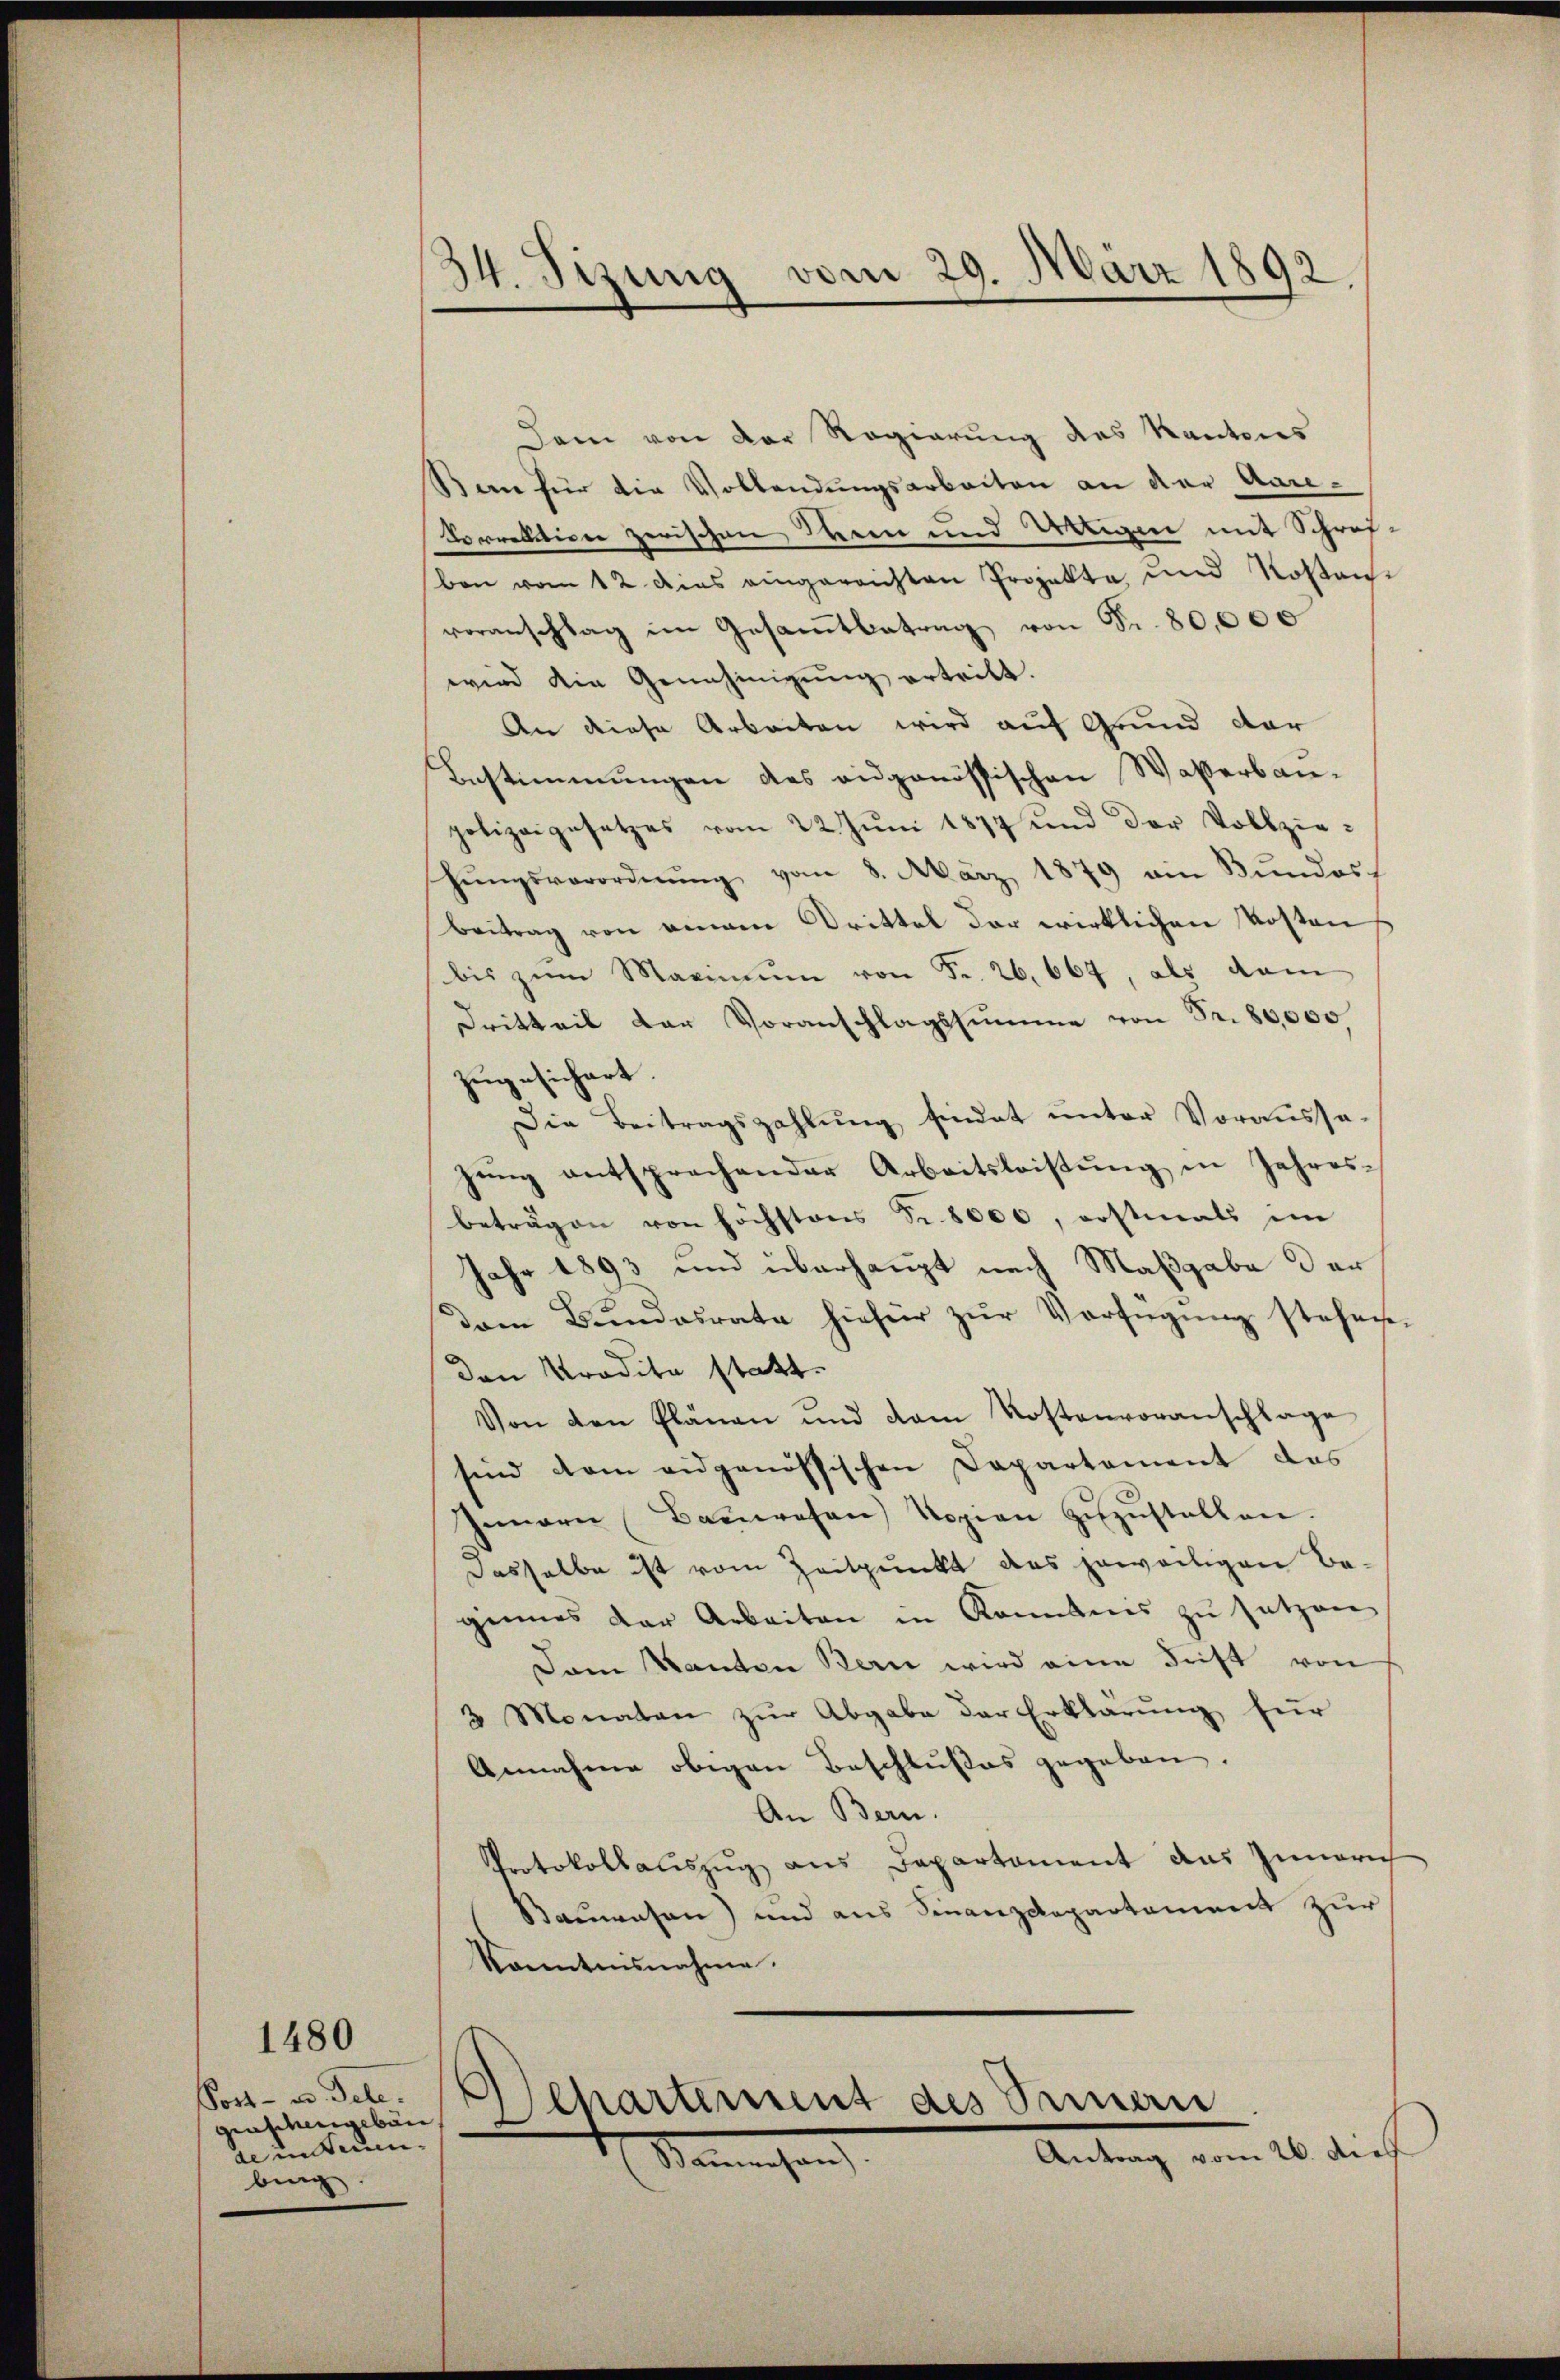
Post- und Tele.
aschengebun
Scienteien.
bing.

1480

34. Tizung vom 29. März 1892.

Dem von der Regierung des Kantons
Bann für die Vollendungsarbeiten an der Aare¬
Korrektion zerischen Steien und Weigen mit Schreiben vom 12 dies eingerechten Projekte und Kostens
voranschlag im Gesamtbetrag von Fr. 80,000
wird die Genehmigung ertritt.
An diese Arbeiten wird auf Grund dar
Bestimmungen des eidgenössischen Waßerbaupolizeigesetzes vom 22. Jŭni 1874 und der Vollziehŭngsverordnŭng vom 8. März 1879 am Bŭndos
beitrag von einem Drittel der wirklichen Kosten
bis zum Maximum von Fr. 26,667, als dem
Dritteil der Voranschlagssumme von Fr. 80,000
zugesichert.
Die Beitragszahlung sindet unter Voraussagŭng entsprachender Arbeitsleistŭng in Jahres-
beträgen von höchstens Fr. 8000, erstmals im
Jahr 1893 und überhaupt nach Maßgabe der
dam Bundesrate hieher zŭr Verfügŭng stehenen
den Pradita statt.
Von den Plänen und dem Kostenvoranschlage
sind kam eidgenössischen Capartement das
Jeare Bauwesen Kopien zŭzŭstellen.
dasselbe ist vom Zeitpunkt das jeweiligen Be-
ginnes der Arbeiten in Konntens zu setzen
Dam Kanton Bern wird eine Frist von
3 Monaten zur Abgabe der Erklärung für
Annahme obigen Beschlußes gegeben.
An Bern.
Protokollauszug aus Departement das Zumerich
Bauwesen) und aus Finanzdepartement zur
kanntnisnahme.
Departement des Seinen
Antrag vom 26. dies
Stammenhang